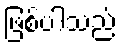
ဖြစ်ပါသည်